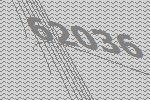
62036